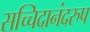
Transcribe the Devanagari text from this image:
सच्चिदानंदरुप